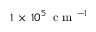
1 \, \times \, 1 0 ^ { 5 } \, \mathrm { ~ c ~ m ~ } ^ { - 1 }